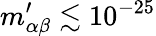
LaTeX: m_{\alpha\beta}^{\prime}\lesssim 10^{-25}